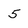
Character: 5